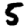
Digit: 5